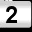
Digit: 2